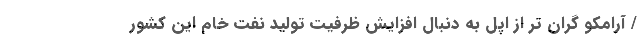
/ آرامکو گران‌ تر از اپل به دنبال افزایش ظرفیت تولید نفت خام این کشور